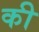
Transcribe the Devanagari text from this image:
की